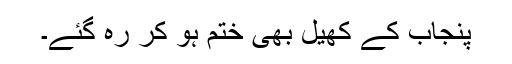
پنجاب کے کھیل بھی ختم ہو کر رہ گئے۔